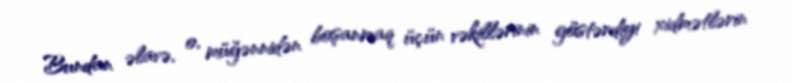
Bundan əlavə, o, müğənnidən boşanmaq üçün vəkillərinin göstərdiyi xidmətlərin